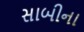
સાબીના